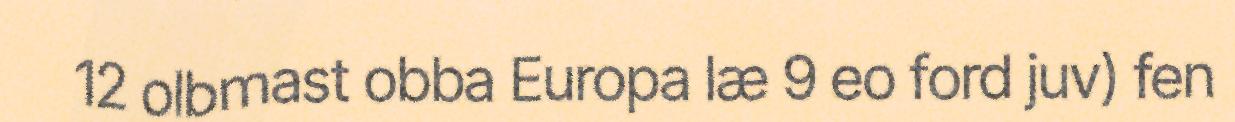
12 olbmast obba Europa læ 9 eo ford juv) fen